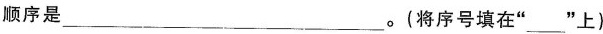
顺序是___。(将序号填在”___”上)